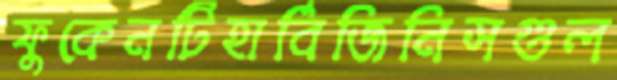
ফুকেনটিহার্বিজিনিসগুল